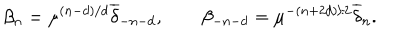
LaTeX: \beta _ { n } = \mu ^ { ( n - d ) / d } { \overline { { \delta } } } _ { - n - d } , \qquad \beta _ { - n - d } = \mu ^ { - ( n + 2 d ) / 2 } { \overline { { \delta } } } _ { n } .